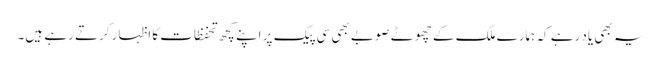
یہ بھی یاد رہے کہ ہمارے ملک کے چھوٹے صوبے بھی سی پیک پر اپنے کچھ تحفظات کا اظہار کرتے رہے ہیں۔